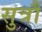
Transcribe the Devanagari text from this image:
सुत्रौं